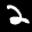
Label: 2